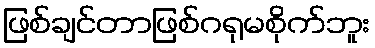
ဖြစ်ချင်တာဖြစ်ဂရုမစိုက်ဘူး